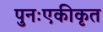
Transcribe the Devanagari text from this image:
पुनःएकीकृत